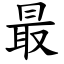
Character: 最